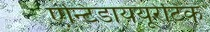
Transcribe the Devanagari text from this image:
एन्टिडाययूरेटिक